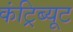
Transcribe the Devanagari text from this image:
कंट्रिब्यूट